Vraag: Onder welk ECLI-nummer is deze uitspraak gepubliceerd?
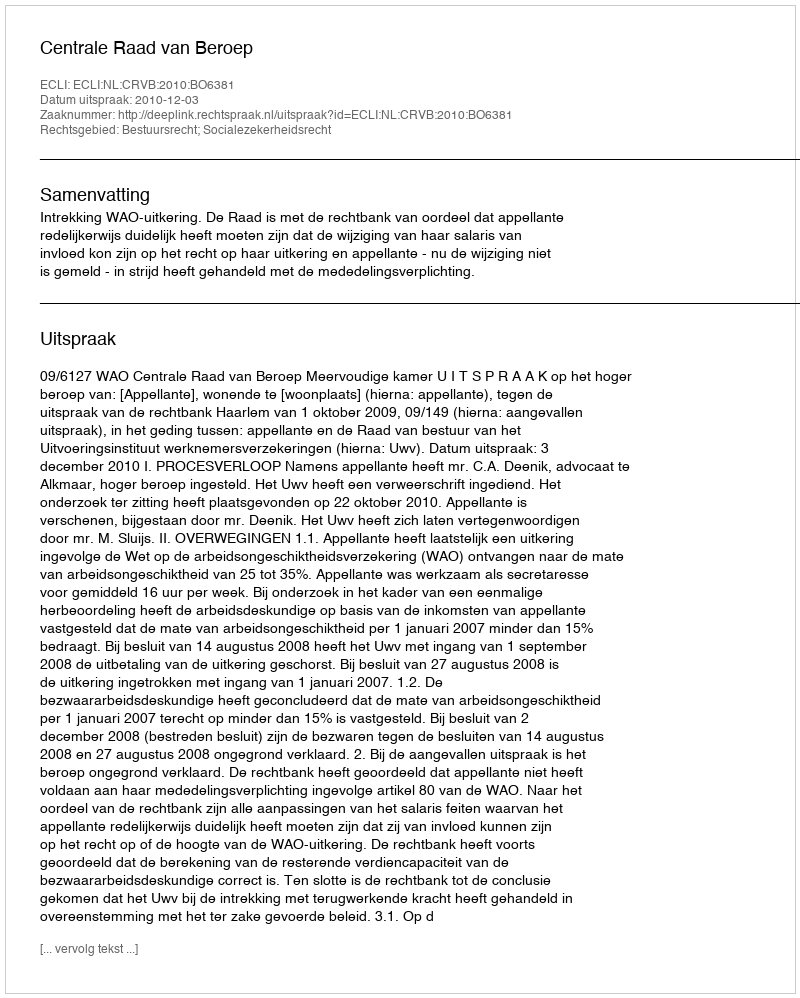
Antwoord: ECLI:NL:CRVB:2010:BO6381